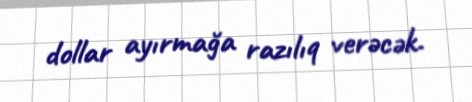
dollar ayırmağa razılıq verəcək.